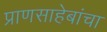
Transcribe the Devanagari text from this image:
प्राणसाहेबांचा